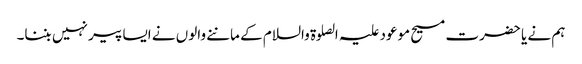
ہم نے یا حضرت مسیح موعود علیہ الصلوۃ والسلام کے ماننے والوں نے ایسا پیر نہیں بننا۔